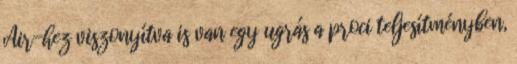
Air-hez viszonyítva is van egy ugrás a proci teljesítményben,